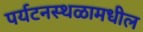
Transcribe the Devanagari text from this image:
पर्यटनस्थळामधील